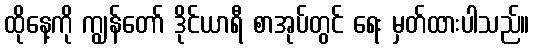
ထိုနေ့ကို ကျွန်တော် ဒိုင်ယာရီ စာအုပ်တွင် ရေး မှတ်ထားပါသည်။